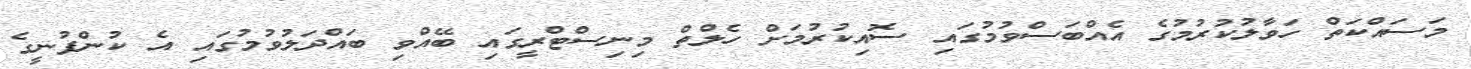
މަސައްކަތް ހަވާލުކުރުމުގެ އެއްބަސްވުމުގައި ސޮއިކުރުމަށް ހެލްތް މިނިސްޓްރީގައި ބޭއްވި ބައްދަލުވުމުގައި އެ ކުންފުނީގެ